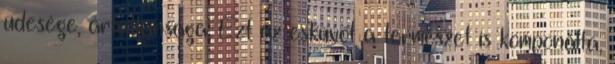
üdesége, ártatlansága. Ezt az esküvőt a természet is komponálta,